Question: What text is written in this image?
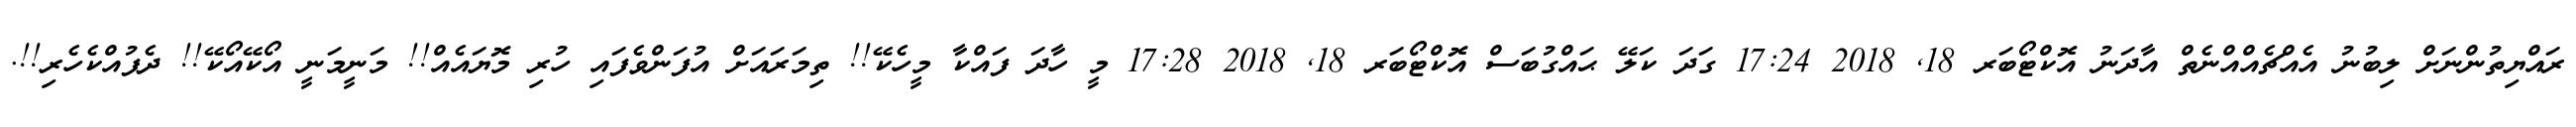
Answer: ރައްޔިތުންނަށް ލިބުނު އެއްޗެއްއްނެތް އާދަނު އޮކްޓޯބަރ 18, 2018 17:24 ގަދަ ކަލޭ ޙައްގުބަސް އޮކްޓޯބަރ 18, 2018 17:28 މީ ހާދަ ފައްކާ މީހެކޭ!! ތިމަރައަށް އުފަންވެފައި ހުރި މޮޔައެއް!! މަނީމަނީ އޯކޭއޯކޭ!! ދެފުއްކެހެރި!!.